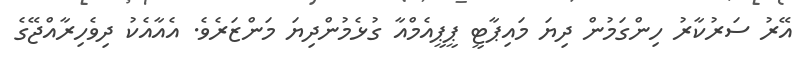
އޭރު ސަރުކާރު ހިންގަމުން ދިޔަ މައިޕާޓީ ޕީޕީއެމްއާ ގުޅެމުންދިޔަ މަންޒަރެވެ. އެއާއެކު ދިވެހިރާއްޖޭގެ